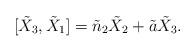
LaTeX: \begin{align*}[\tilde{X}_3 , \tilde{X}_1] = \tilde{n}_2\tilde{X}_2 +\tilde{a}\tilde{X}_3.\end{align*}